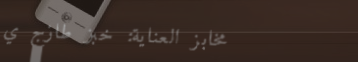
مخابز العناية: خبز طازج ي